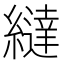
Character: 繨